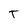
Character: T